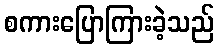
စကားပြောကြားခဲ့သည်